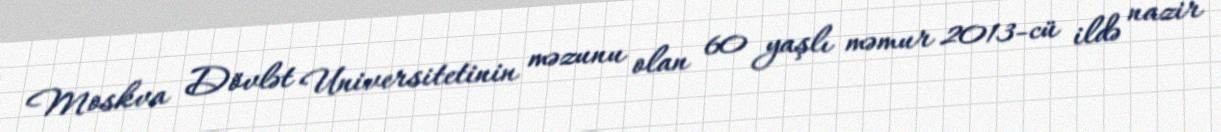
Moskva Dövlət Universitetinin məzunu olan 60 yaşlı məmur 2013-cü ildə nazir